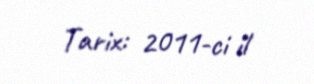
Tarix: 2011-ci il